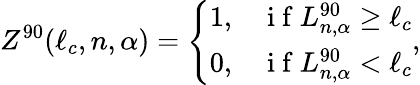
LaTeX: Z^{90}(\ell_{c},n,\alpha)=\left\{ \begin{array}{ll}{1,}&{\mathrm{~i~f~}L_{n,\alpha}^{90}\geq\ell_{c}}\\ {0,}&{\mathrm{~i~f~}L_{n,\alpha}^{90}<\ell_{c}}\end{array}\right.,